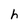
Character: h